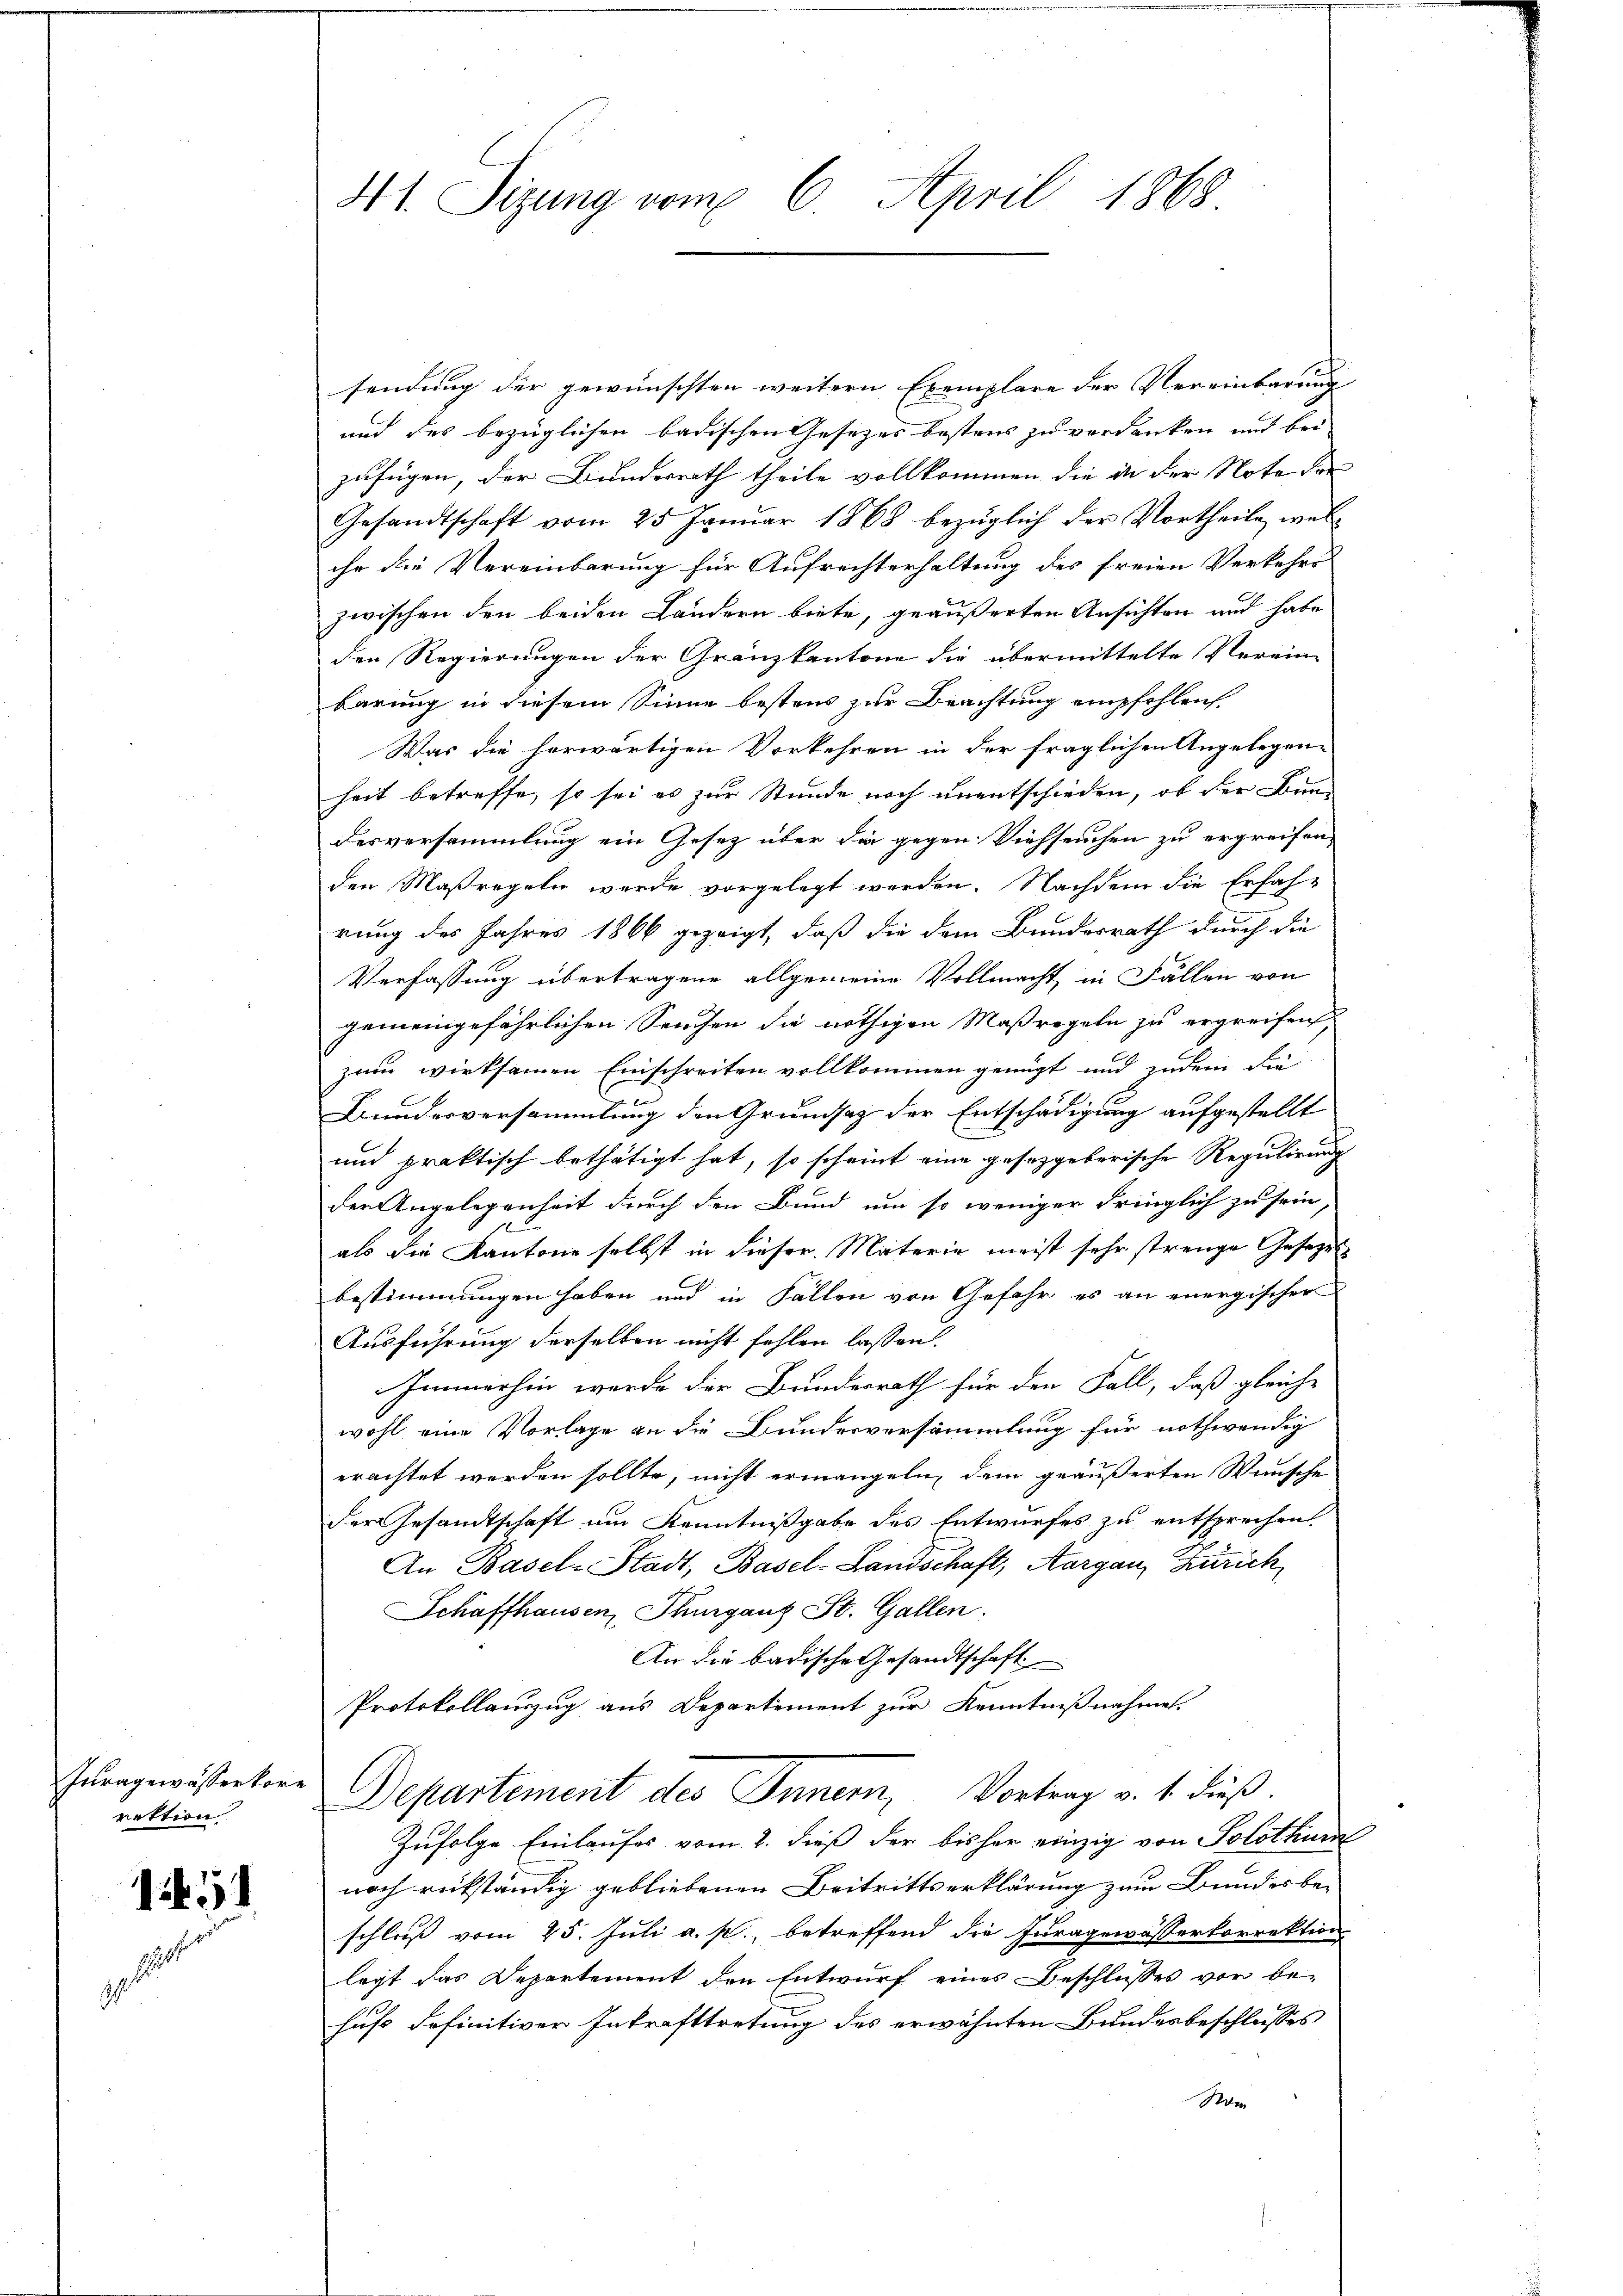
Juragewässerkore
rektion

11

41. Sizung vom 6. April 1868.

sendung der gewünschten weitern Exemplare der Vereinbarung
und des bezüglichen badischen Gesetzes bestens zu verdanken und bei
zufügen, der Bundesrath theile vollkommen die in der Note der
Gesandtschaft vom 25 Januar 1868 bezüglich der Vortheile, welche die Vereinbarung für Aufrechterhaltung des freien Verkehrs
zwischen den beiden Ländern biete, geäußerten Ansichten und habe
den Regierungen der Gränzkantone die übermittelte Verein-
barung in diesem Sinne bestens zur Beachtung empfohlen.
Was die herwärtigen Vorkehren in der fraglichen Angelegen-
heit betreffe, so sei es zur Stunde noch unentschieden, ob der Bun-
desversammlung ein Gesetz über die gegen Viehseuchen zu ergreifen,
den Maßregeln werde vorgelegt werden. Nachdem die Erfahrung des Jahres 1866 gezeigt, daß die dem Bundesrath durch die
Verfassung übertragene allgemeine Vollmacht in Fällen von
gemeingefährlichen Seuchen die nöthigen Maßregeln zu ergreifen,
zau wirksamen Einschreiten vollkommen genügt und zudem die
Bunderversammlung den Grundsaz der Entschädigung aufgestellt
und praktisch bethätigt hat, so scheint eine gesetzgeberische Regulirung
der Angelegenheit durch den Bund um so weniger dringlich zu sein,
als die Kantone selbst in dieser Materie meist sehr strenge Gesezes
bestimmungen haben und in Fällen von Gefahr es an energischer
Ausführung derselben nicht fehlen lassen.
Immerhin werde der Bundesrath für den Fall, daß gleich-
wohl eine Vorlage an die Bunderversammlung für nothwendig
erachtet werden sollte, nicht ermangeln, dem geäußerten Wünsche
der Gesandtschaft um Kenntnißgabe des Entwurfes zu entsprechen.
An Basel Stadt, Basel-Landschaft, Aargau, Zürich,
Schaffhausen, Thurganz St. Gallen.
An die badische Gesandtschaft
Protokollauszug aus Departement zur Kenntnißnahmen.
Departement des Innern, Vortrag v. 1. dieß.
Zufolge Einlaufes vom 2. dieß der bisher einzig von Solothurn
noch rückständig gebliebenen Beitrittserklärung zum Bundesbe¬
u
schluß vom 25. Juli a. p., betreffend die Juragewässerkorrektion
legt das Departement den Entwurf eines Beschlusses vor be-
hufe definitiver Inkrafttretung des erwähnten Bundesbeschlusses
Rom